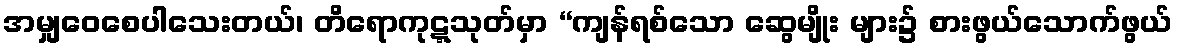
အမျှဝေစေပါသေးတယ်၊ တိရောကုဋ္ဋသုတ်မှာ “ကျန်ရစ်သော ဆွေမျိုး များ၌ စားဖွယ်သောက်ဖွယ်